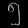
Digit: ၅